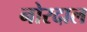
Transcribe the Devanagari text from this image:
नोरदाल